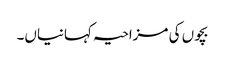
بچوں کی مزاحیہ کہانیاں۔